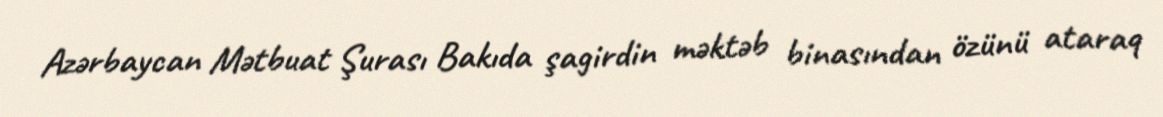
Azərbaycan Mətbuat Şurası Bakıda şagirdin məktəb binasından özünü ataraq